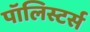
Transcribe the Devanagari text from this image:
पॉलिस्टर्स